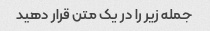
جمله زیر را در یک متن قرار دهید